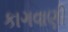
કાગવાણી